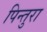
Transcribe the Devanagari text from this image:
पिन्तुरा